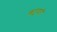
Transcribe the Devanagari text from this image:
ऋतुवती